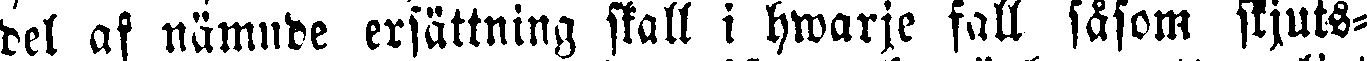
del af nämnde ersättning skall i hwarje fall såsom skjuts-